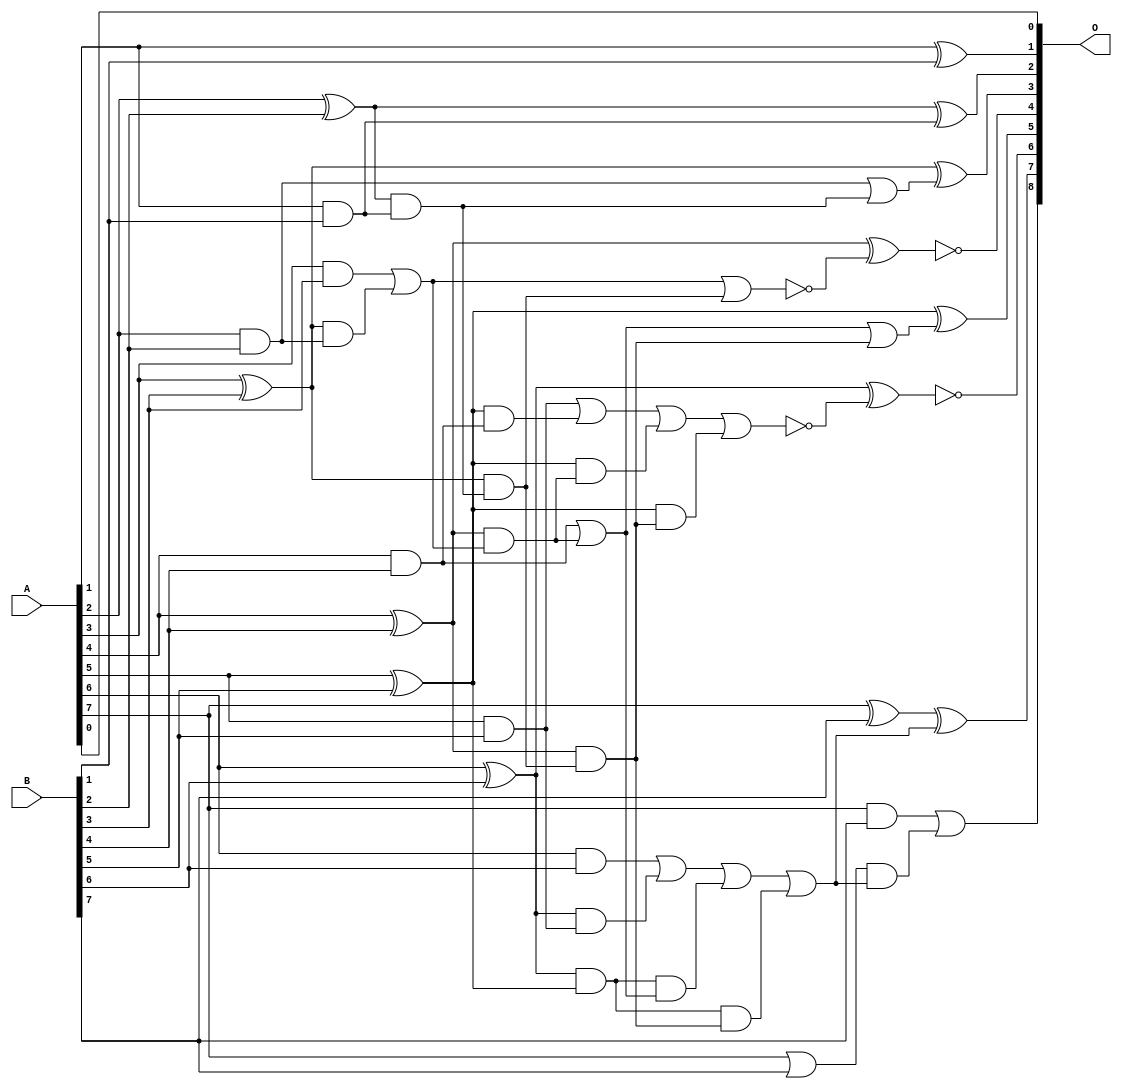
/***
* This code is a part of EvoApproxLib library (ehw.fit.vutbr.cz/approxlib) distributed under The MIT License.
* When used, please cite the following article(s): PRABAKARAN B. S., MRAZEK V., VASICEK Z., SEKANINA L., SHAFIQUE M. ApproxFPGAs: Embracing ASIC-based Approximate Arithmetic Components for FPGA-Based Systems. DAC 2020. 
***/
// MAE% = 0.098 %
// MAE = 0.5 
// WCE% = 0.20 %
// WCE = 1.0 
// WCRE% = 100.00 %
// EP% = 50.00 %
// MRE% = 0.27 %
// MSE = 0.5 
// FPGA_POWER = 0.34
// FPGA_DELAY = 7.8
// FPGA_LUT = 7.0

module add8u_0EE(A, B, O);
  input [7:0] A, B;
  output [8:0] O;
  wire n_196, n_190, n_155, n_22, n_47, n_41, n_98, n_25, n_127, n_28;
  wire n_200, n_162, n_85, n_149, n_89, n_63, n_60, n_193, n_203, n_206;
  wire n_209, n_101, n_120, n_104, n_171, n_158, n_8, n_9, n_184, n_4;
  wire n_5, n_6, n_7, n_0, n_1, n_2, n_3, n_31, n_117, n_35;
  wire n_111, n_38, n_165, n_14, n_15, n_12, n_13, n_10, n_11, n_114;
  wire n_95, n_92, n_79, n_174, n_44, n_50, n_56, n_57, n_54, n_212;
  wire n_136, n_177;
  assign n_0 = A[0];
  assign n_1 = A[1];
  assign n_2 = A[2];
  assign n_3 = A[3];
  assign n_4 = A[4];
  assign n_5 = A[5];
  assign n_6 = A[6];
  assign n_7 = A[7];
  assign n_8 = B[0];
  assign n_9 = B[1];
  assign n_10 = B[2];
  assign n_11 = B[3];
  assign n_12 = B[4];
  assign n_13 = B[5];
  assign n_14 = B[6];
  assign n_15 = B[7];
  assign n_22 = n_1 ^ n_9;
  assign n_25 = n_1 & n_9;
  assign n_28 = n_2 ^ n_10;
  assign n_31 = n_2 & n_10;
  assign n_35 = n_3 ^ n_11;
  assign n_38 = n_3 & n_11;
  assign n_41 = n_4 ^ n_12;
  assign n_44 = n_4 & n_12;
  assign n_47 = n_5 ^ n_13;
  assign n_50 = n_5 & n_13;
  assign n_54 = n_6 ^ n_14;
  assign n_56 = n_7 | n_15;
  assign n_57 = n_6 & n_14;
  assign n_60 = n_7 ^ n_15;
  assign n_63 = n_7 & n_15;
  assign n_79 = n_28 & n_25;
  assign n_85 = n_35 & n_31;
  assign n_89 = n_35 & n_79;
  assign n_92 = n_38 | n_85;
  assign n_95 = n_41 & n_92;
  assign n_98 = n_41 & n_89;
  assign n_101 = n_44 | n_95;
  assign n_104 = n_47 & n_44;
  assign n_111 = n_50 | n_104;
  assign n_114 = n_54 & n_50;
  assign n_117 = n_54 & n_47;
  assign n_120 = n_57 | n_114;
  assign n_127 = n_31 | n_79;
  assign n_136 = ~(n_92 | n_89);
  assign n_149 = n_47 & n_95;
  assign n_155 = n_111 | n_149;
  assign n_158 = n_117 & n_101;
  assign n_162 = n_117 & n_98;
  assign n_165 = n_120 | n_158;
  assign n_171 = n_101 | n_98;
  assign n_174 = n_47 & n_98;
  assign n_177 = ~(n_155 | n_174);
  assign n_184 = n_165 | n_162;
  assign n_190 = n_28 ^ n_25;
  assign n_193 = n_35 ^ n_127;
  assign n_196 = ~(n_41 ^ n_136);
  assign n_200 = n_47 ^ n_171;
  assign n_203 = ~(n_54 ^ n_177);
  assign n_206 = n_60 ^ n_184;
  assign n_209 = n_56 & n_184;
  assign n_212 = n_63 | n_209;
  assign O[0] = n_0;
  assign O[1] = n_22;
  assign O[2] = n_190;
  assign O[3] = n_193;
  assign O[4] = n_196;
  assign O[5] = n_200;
  assign O[6] = n_203;
  assign O[7] = n_206;
  assign O[8] = n_212;
endmodule